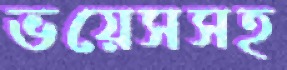
ভয়েসসহ